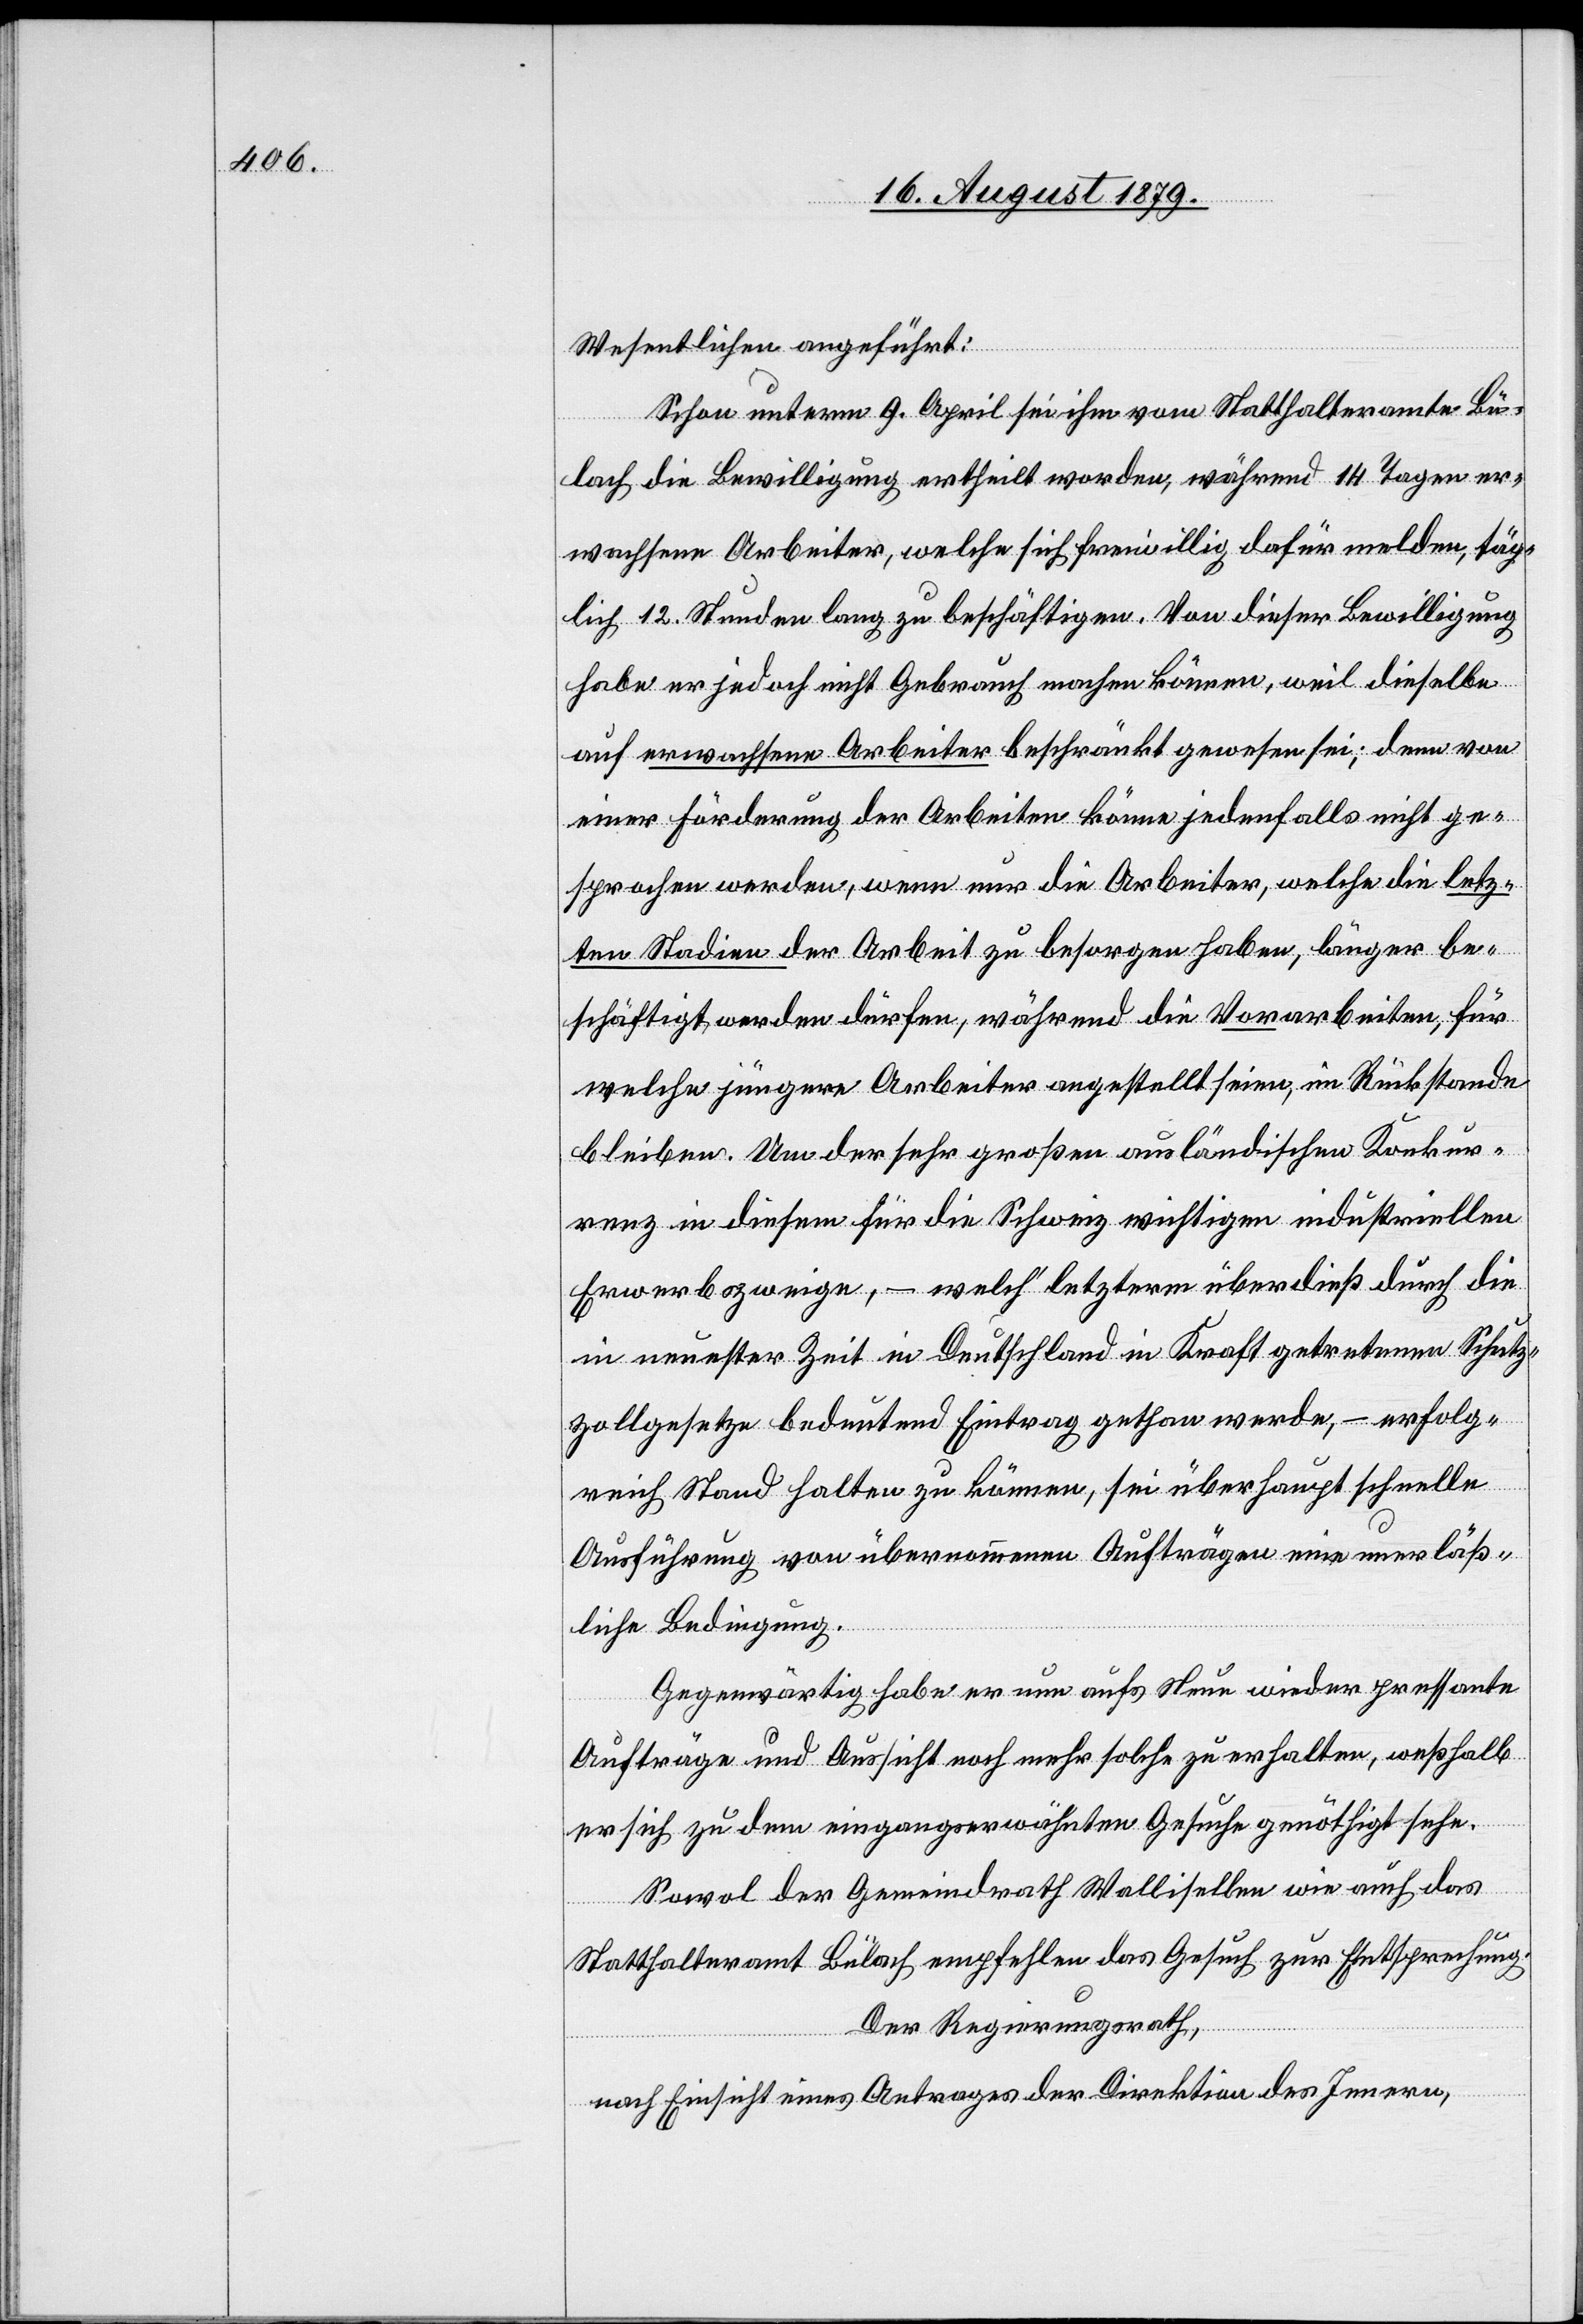
Wesentlichen angeführt:
Schon unterm 9. April sei ihm vom Statthalteramte Bü¬
lach die Bewilligung ertheilt worden, während 14 Tagen er¬
wachsene Arbeiter, welche sich freiwillig dafür melden, täg¬
lich 12 Stunden lang zu beschäftigen. Von dieser Bewilligung
habe er jedoch nicht Gebrauch machen können, weil dieselbe
auf erwachsene Arbeiter beschränkt gewesen sei; denn von
einer Förderung der Arbeiten könne jedenfalls nicht ge¬
sprochen werden, wenn nur die Arbeiter, welche die letz¬
ten Stadien der Arbeit zu besorgen haben, länger be¬
schäftigt werden dürfen, während die Vorarbeiten, für
welche jüngere Arbeiter angestellt seien, im Rückstande
bleiben. Um der sehr großen ausländischen Konkur¬
renz in diesem für die Schweiz wichtigen industriellen
Erwerbszweige, – welch’ letzterm überdieß durch die
in neuester Zeit in Deutschland in Kraft getretenen Schutz¬
zollgesetze bedeutend Eintrag gethan werden, – erfolg¬
reich Stand halten zu können, sei überhaupt schnelle
Ausführung von übernommenen Aufträgen eine unerläß¬
liche Bedingung.
Gegenwärtig habe er nun aufs Neue wieder pressante
Aufträge und Aussicht noch mehr solche zu erhalten, weßhalb
er sich zu dem eingangserwähnten Gesuche genöthigt sehe.
Sowol der Gemeindrath Wallisellen wie auch das
Statthalteramt Bülach empfehlen das Gesuch zur Entsprechung.
Der Regierungsrath,
nach Einsicht eines Antrages der Direktion des Innern,